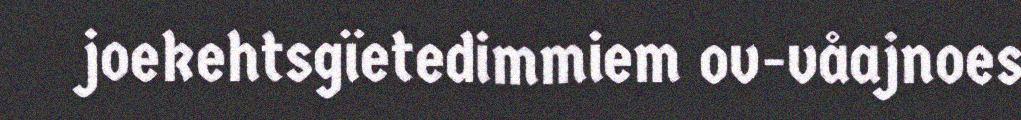
joekehtsgïetedimmiem ov-våajnoes